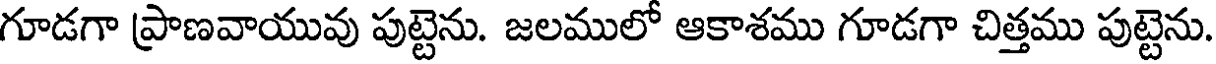
గూడగా ప్రాణవాయువు పుట్టెను. జలములో ఆకాశము గూడగా చిత్తము పుట్టెను.